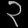
Digit: ၃